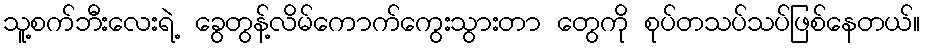
သူ့စက်ဘီးလေးရဲ့ ခွေတွန့်လိမ်ကောက်ကွေးသွားတာ တွေကို စုပ်တသပ်သပ်ဖြစ်နေတယ်။